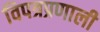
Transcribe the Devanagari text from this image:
विपत्रप्रणाली